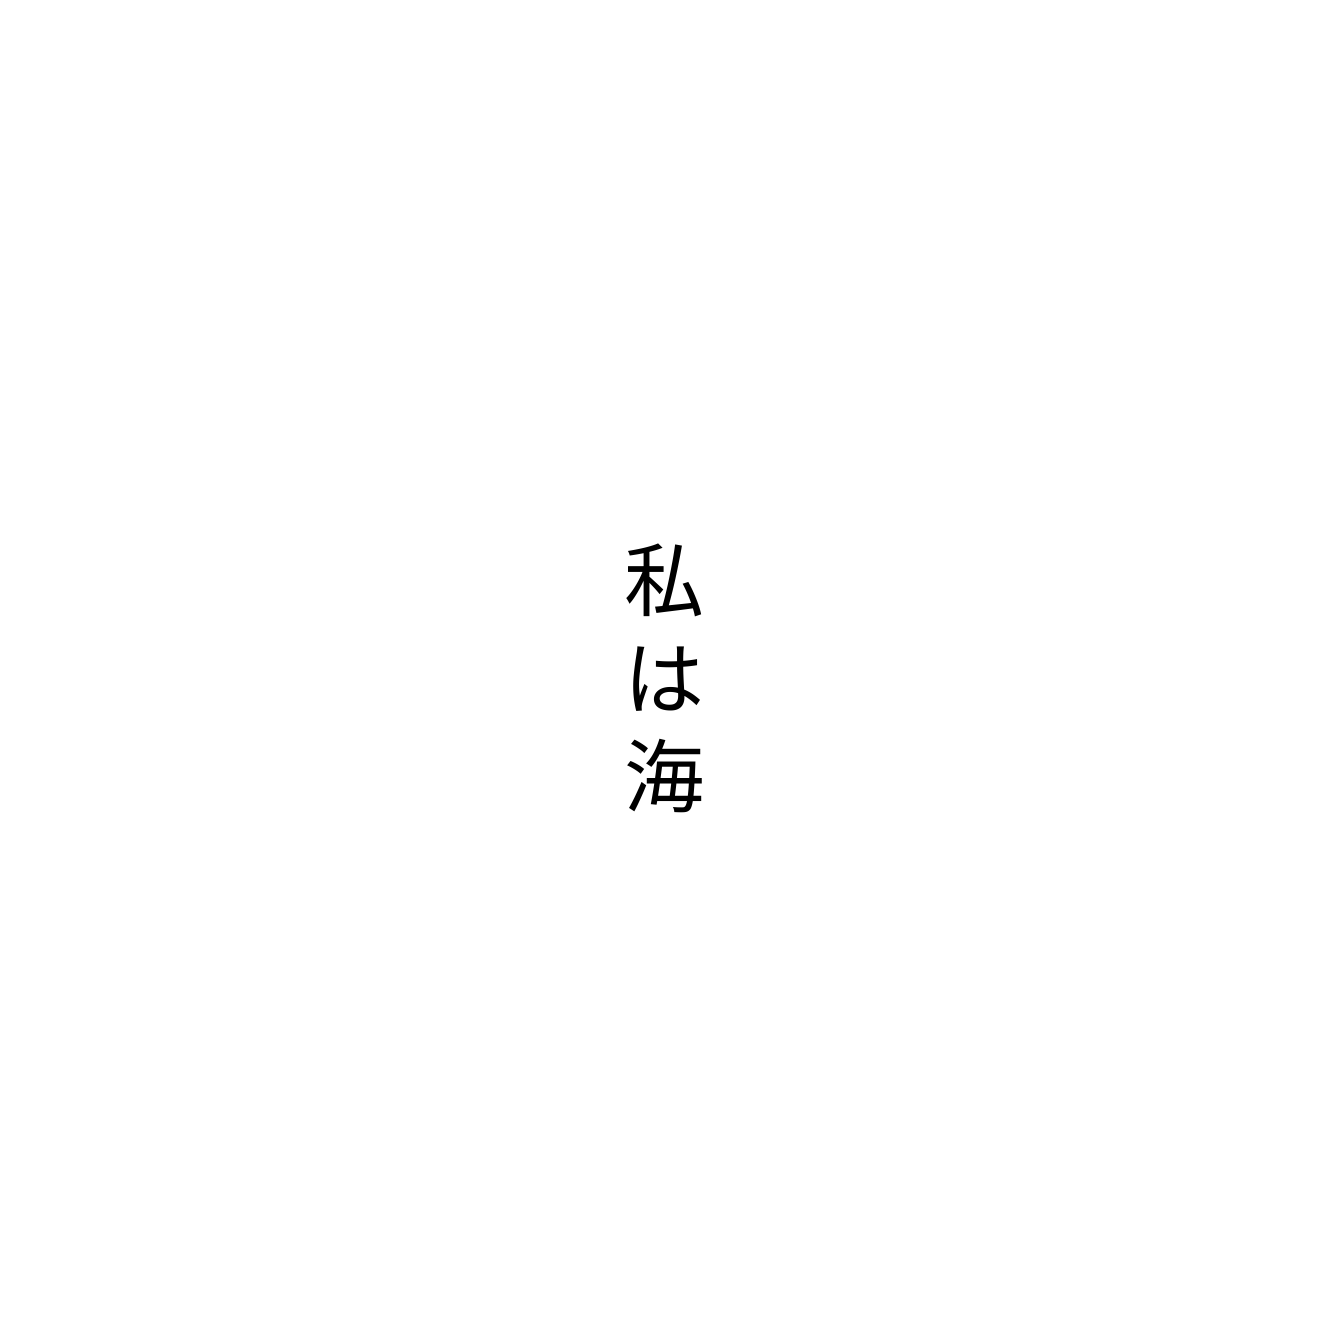
私は海